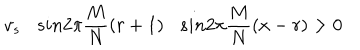
v _ { s } s i n 2 \pi \frac { M } { N } ( r + 1 ) s i n 2 \pi \frac { M } { N } ( x - r ) > 0